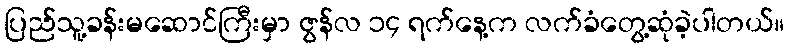
ပြည်သူ့ခန်းမဆောင်ကြီးမှာ ဇွန်လ ၁၄ ရက်နေ့က လက်ခံတွေ့ဆုံခဲ့ပါတယ်။